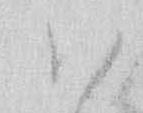
ハ